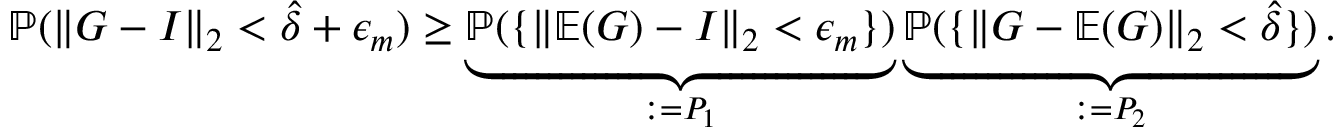
\mathbb { P } ( \| \boldsymbol { G } - \boldsymbol { I } \| _ { 2 } < \hat { \delta } + \epsilon _ { m } ) \ge \underbrace { \mathbb { P } ( \{ \| \mathbb { E } ( \boldsymbol { G } ) - \boldsymbol { I } \| _ { 2 } < \epsilon _ { m } \} ) } _ { : = P _ { 1 } } \underbrace { \mathbb { P } ( \{ \| \boldsymbol { G } - \mathbb { E } ( \boldsymbol { G } ) \| _ { 2 } < \hat { \delta } \} ) } _ { : = P _ { 2 } } .